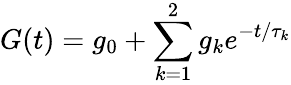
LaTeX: G(t)=g_{0}+\sum_{k=1}^{2}g_{k}e^{-t/\tau_{k}}